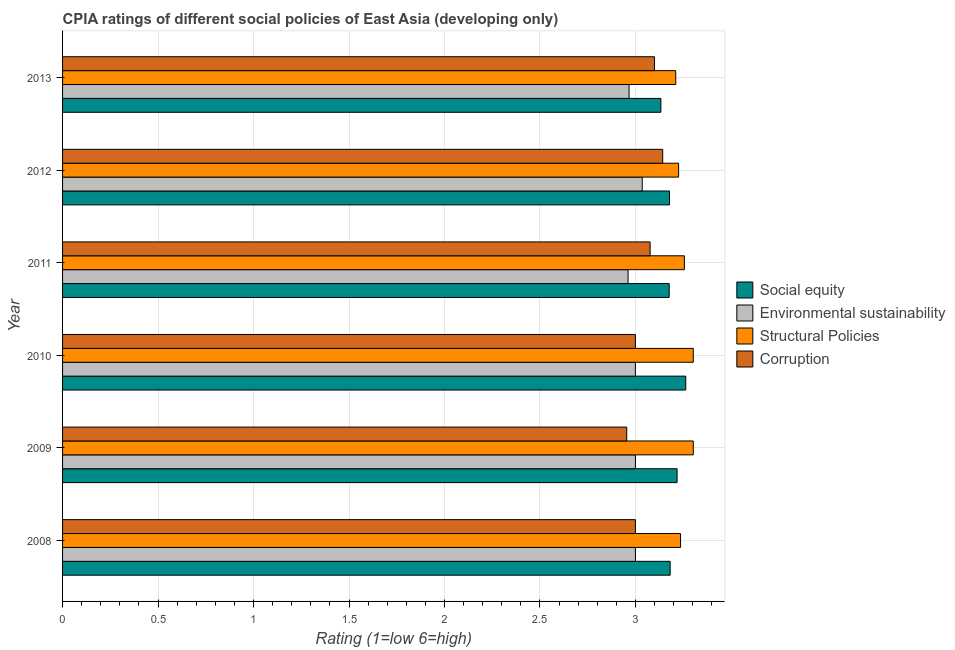
| Year | Social equity | Environmental sustainability | Structural Policies | Corruption |
 | --- | --- | --- | --- | --- |
 | 2008 | 3.18 | 3 | 3.24 | 3 |
 | 2009 | 3.22 | 3 | 3.3 | 2.95 |
 | 2010 | 3.26 | 3 | 3.3 | 3 |
 | 2011 | 3.18 | 2.96 | 3.26 | 3.08 |
 | 2012 | 3.18 | 3.04 | 3.23 | 3.14 |
 | 2013 | 3.13 | 2.97 | 3.21 | 3.1 |